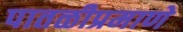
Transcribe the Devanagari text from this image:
पातळीप्रमाणे